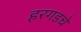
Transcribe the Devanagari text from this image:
हरगडचे